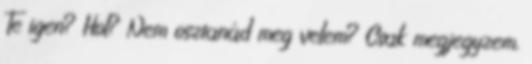
Te igen? Hol? Nem osztanád meg velem? Csak megjegyzem,